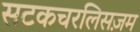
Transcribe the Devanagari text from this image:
सटकचरलिसज़म